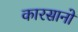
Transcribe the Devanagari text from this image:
कारसानो